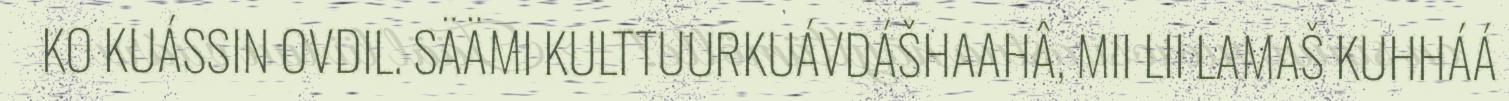
KO KUÁSSIN OVDIL. SÄÄMI KULTTUURKUÁVDÁŠHAAHÂ, MII LII LAMAŠ KUHHÁÁ